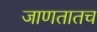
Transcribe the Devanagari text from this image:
जाणतातच